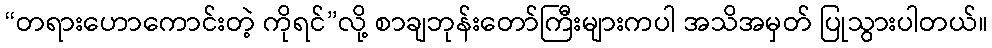
“တရားဟောကောင်းတဲ့ ကိုရင်”လို့ စာချဘုန်းတော်ကြီးများကပါ အသိအမှတ် ပြုသွားပါတယ်။